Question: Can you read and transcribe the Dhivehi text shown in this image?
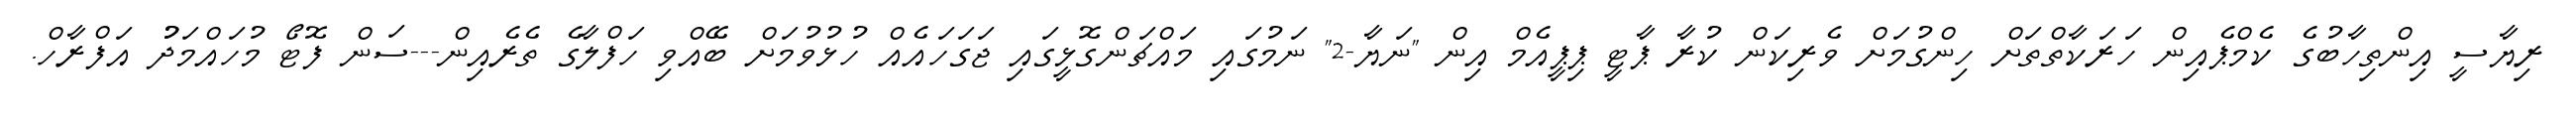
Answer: ރިޔާސީ އިންތިހާބުގެ ކެމްޕެއިން ހަރަކާތްތަށް ހިންގުމަށް ވެރިކަން ކުރާ ޕާޓީ ޕިޕީއެމް އިން "ނަޔާ-2" ނަމުގައި މައްޗަންގޮޅީގައި ޖަގަހައެއް ހުޅުވުމަށް ބޭއްވި ހަފްލާގެ ތެރެއިން---ސަން ފޮޓޯ މުހައްމަދުު އަފްރާހް.